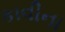
કાવીના